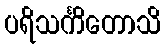
ပရိသင်္ကိတောသိ